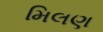
મિલણ